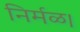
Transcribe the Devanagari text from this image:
निर्मळ।